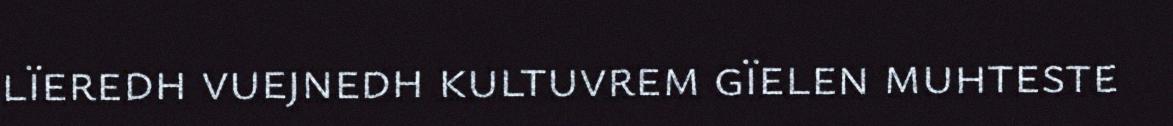
lïeredh vuejnedh kultuvrem gïelen muhteste